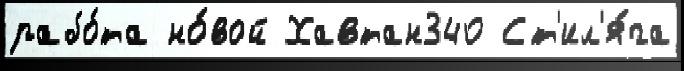
рабо́та но́вой Хавтан340 Ст'ил'я́га